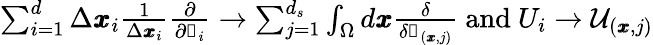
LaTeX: \begin{array}{r}{\sum_{i=1}^{d}\Delta\pmb{x}_{i}\frac{1}{\Delta\pmb{x}_{i}}\frac{\partial}{\partial\mathscr{s}_{i}}\rightarrow\sum_{j=1}^{d_{s}}\int_{\Omega}d\pmb{x}\frac{\delta}{\delta\mathscr{s}_{(\pmb{x},j)}}\mathrm{~and~}U_{i}\rightarrow\mathcal{U}_{(\pmb{x},j)}}\end{array}